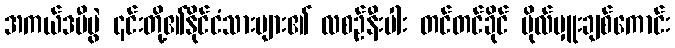
အကယ်ဒမီပွဲ ၎င်းတို့၏နိုင်ငံသားများ၏ လစဉ်နီးပါး တင်တင်ခိုင် ဗိုလ်မှူးချစ်ကောင်း